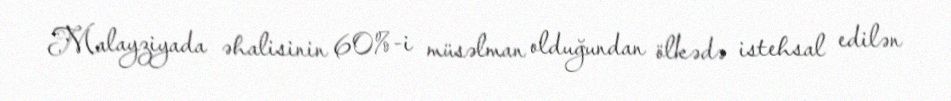
Malayziyada əhalisinin 60%-i müsəlman olduğundan ölkədə istehsal edilən